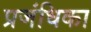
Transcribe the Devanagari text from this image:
प्रजंधिका